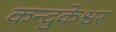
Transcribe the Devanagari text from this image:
कन्दुकेश्वर